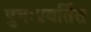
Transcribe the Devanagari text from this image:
पुनःप्रवर्तित